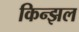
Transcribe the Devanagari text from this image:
किन्झल